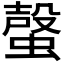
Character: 𧏌